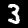
Digit: 3